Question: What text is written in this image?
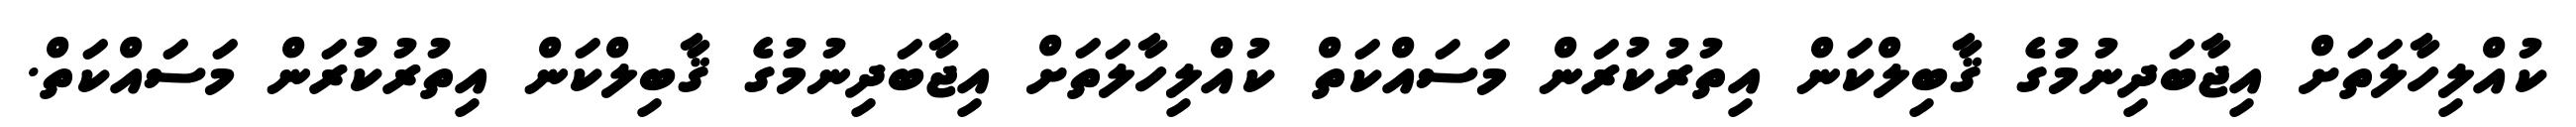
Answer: ކުއްލިހާލަތަށް އިޖާބަދިނުމުގެ ޤާބިލްކަން އިތުރުކުރަން މަސައްކަތް ކުއްލިހާލަތަށް އިޖާބަދިނުމުގެ ޤާބިލްކަން އިތުރުކުރަން މަސައްކަތް.